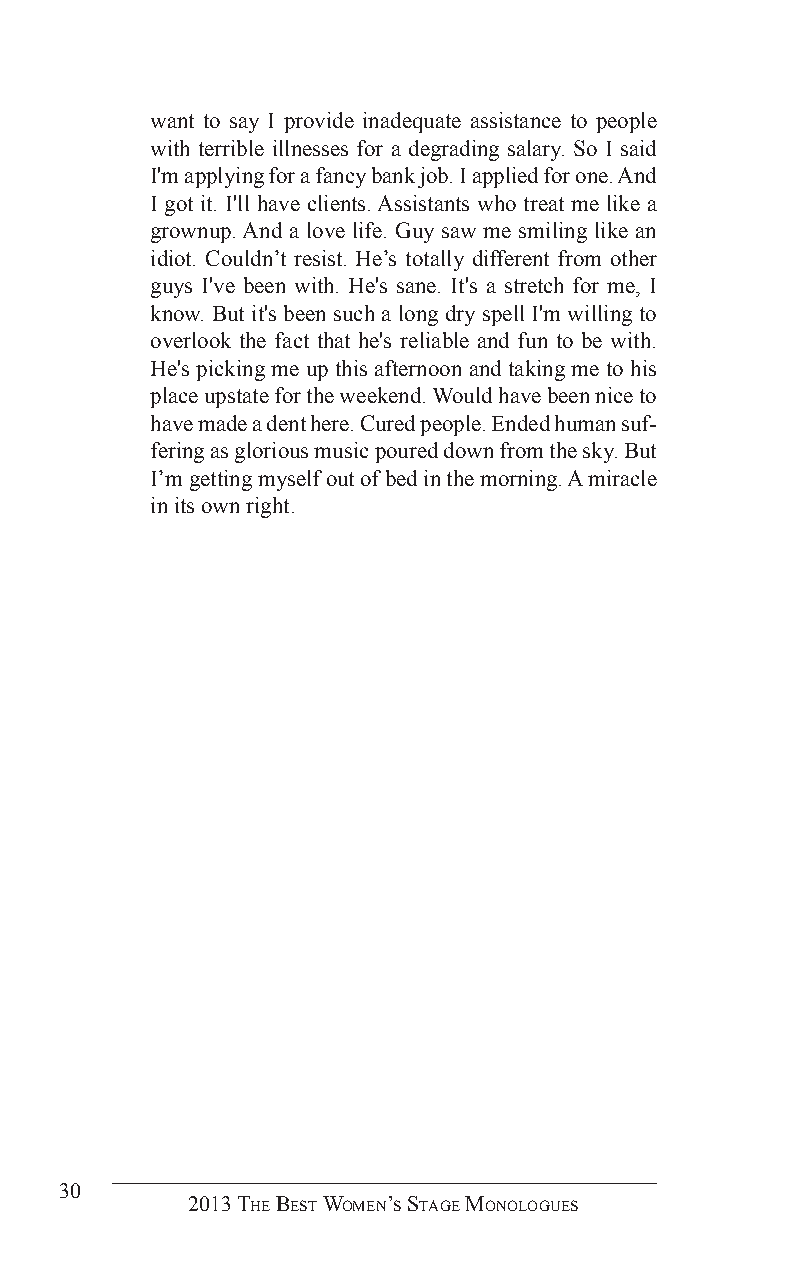
want to say I provide inadequate assistance to people
 with terrible illnesses for a degrading salary. So I said
 I'm applying for a fancy bank job. I applied for one. And
 I got it. I'll have clients. Assistants who treat me like a
 grownup. And a love life. Guy saw me smiling like an
 idiot. Couldn’t resist. He’s totally different from other
 guys I've been with. He's sane. It's a stretch for me, I
 know. But it's been such a long dry spell I'm willing to
 overlook the fact that he's reliable and fun to be with.
 He's picking me up this afternoon and taking me to his
 place upstate for the weekend. Would have been nice to
 have made a dent here. Cured people. Ended human suf-
 fering as glorious music poured down from the sky. But
 I’m getting myself out of bed in the morning. A miracle
 in its own right.
 30
 2013 The BesT Women’s sTage monologues